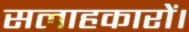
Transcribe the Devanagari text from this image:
सलाहकारों।